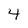
Character: 4